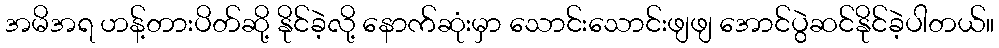
အမိအရ ဟန့်တားပိတ်ဆို့ နိုင်ခဲ့လို့ နောက်ဆုံးမှာ သောင်းသောင်းဖျဖျ အောင်ပွဲဆင်နိုင်ခဲ့ပါတယ်။